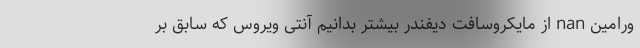
ورامین nan از مایکروسافت دیفندر بیشتر بدانیم آنتی ویروس که سابق بر